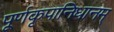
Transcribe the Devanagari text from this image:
पूर्णकृपानिधानम्